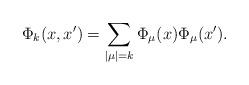
LaTeX: \begin{align*} \Phi_k(x,x')=\sum_{|\mu|=k}\Phi_\mu(x)\Phi_\mu(x'). \end{align*}